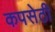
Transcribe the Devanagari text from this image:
कपसेठी